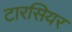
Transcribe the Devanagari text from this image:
टारसियर